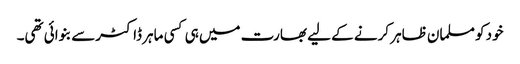
خود کو مسلمان ظاہر کرنے کے لیے بھارت میں ہی کسی ماہر ڈاکٹرسے بنوائی تھی۔